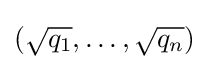
({\sqrt {q_{1}}},\ldots ,{\sqrt {q_{n}}})